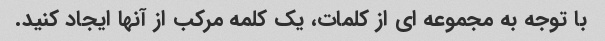
با توجه به مجموعه ای از کلمات، یک کلمه مرکب از آنها ایجاد کنید.